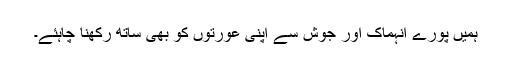
ہمیں پورے انہماک اور جوش سے اپنی عورتوں کو بھی ساتھ رکھنا چاہئے۔